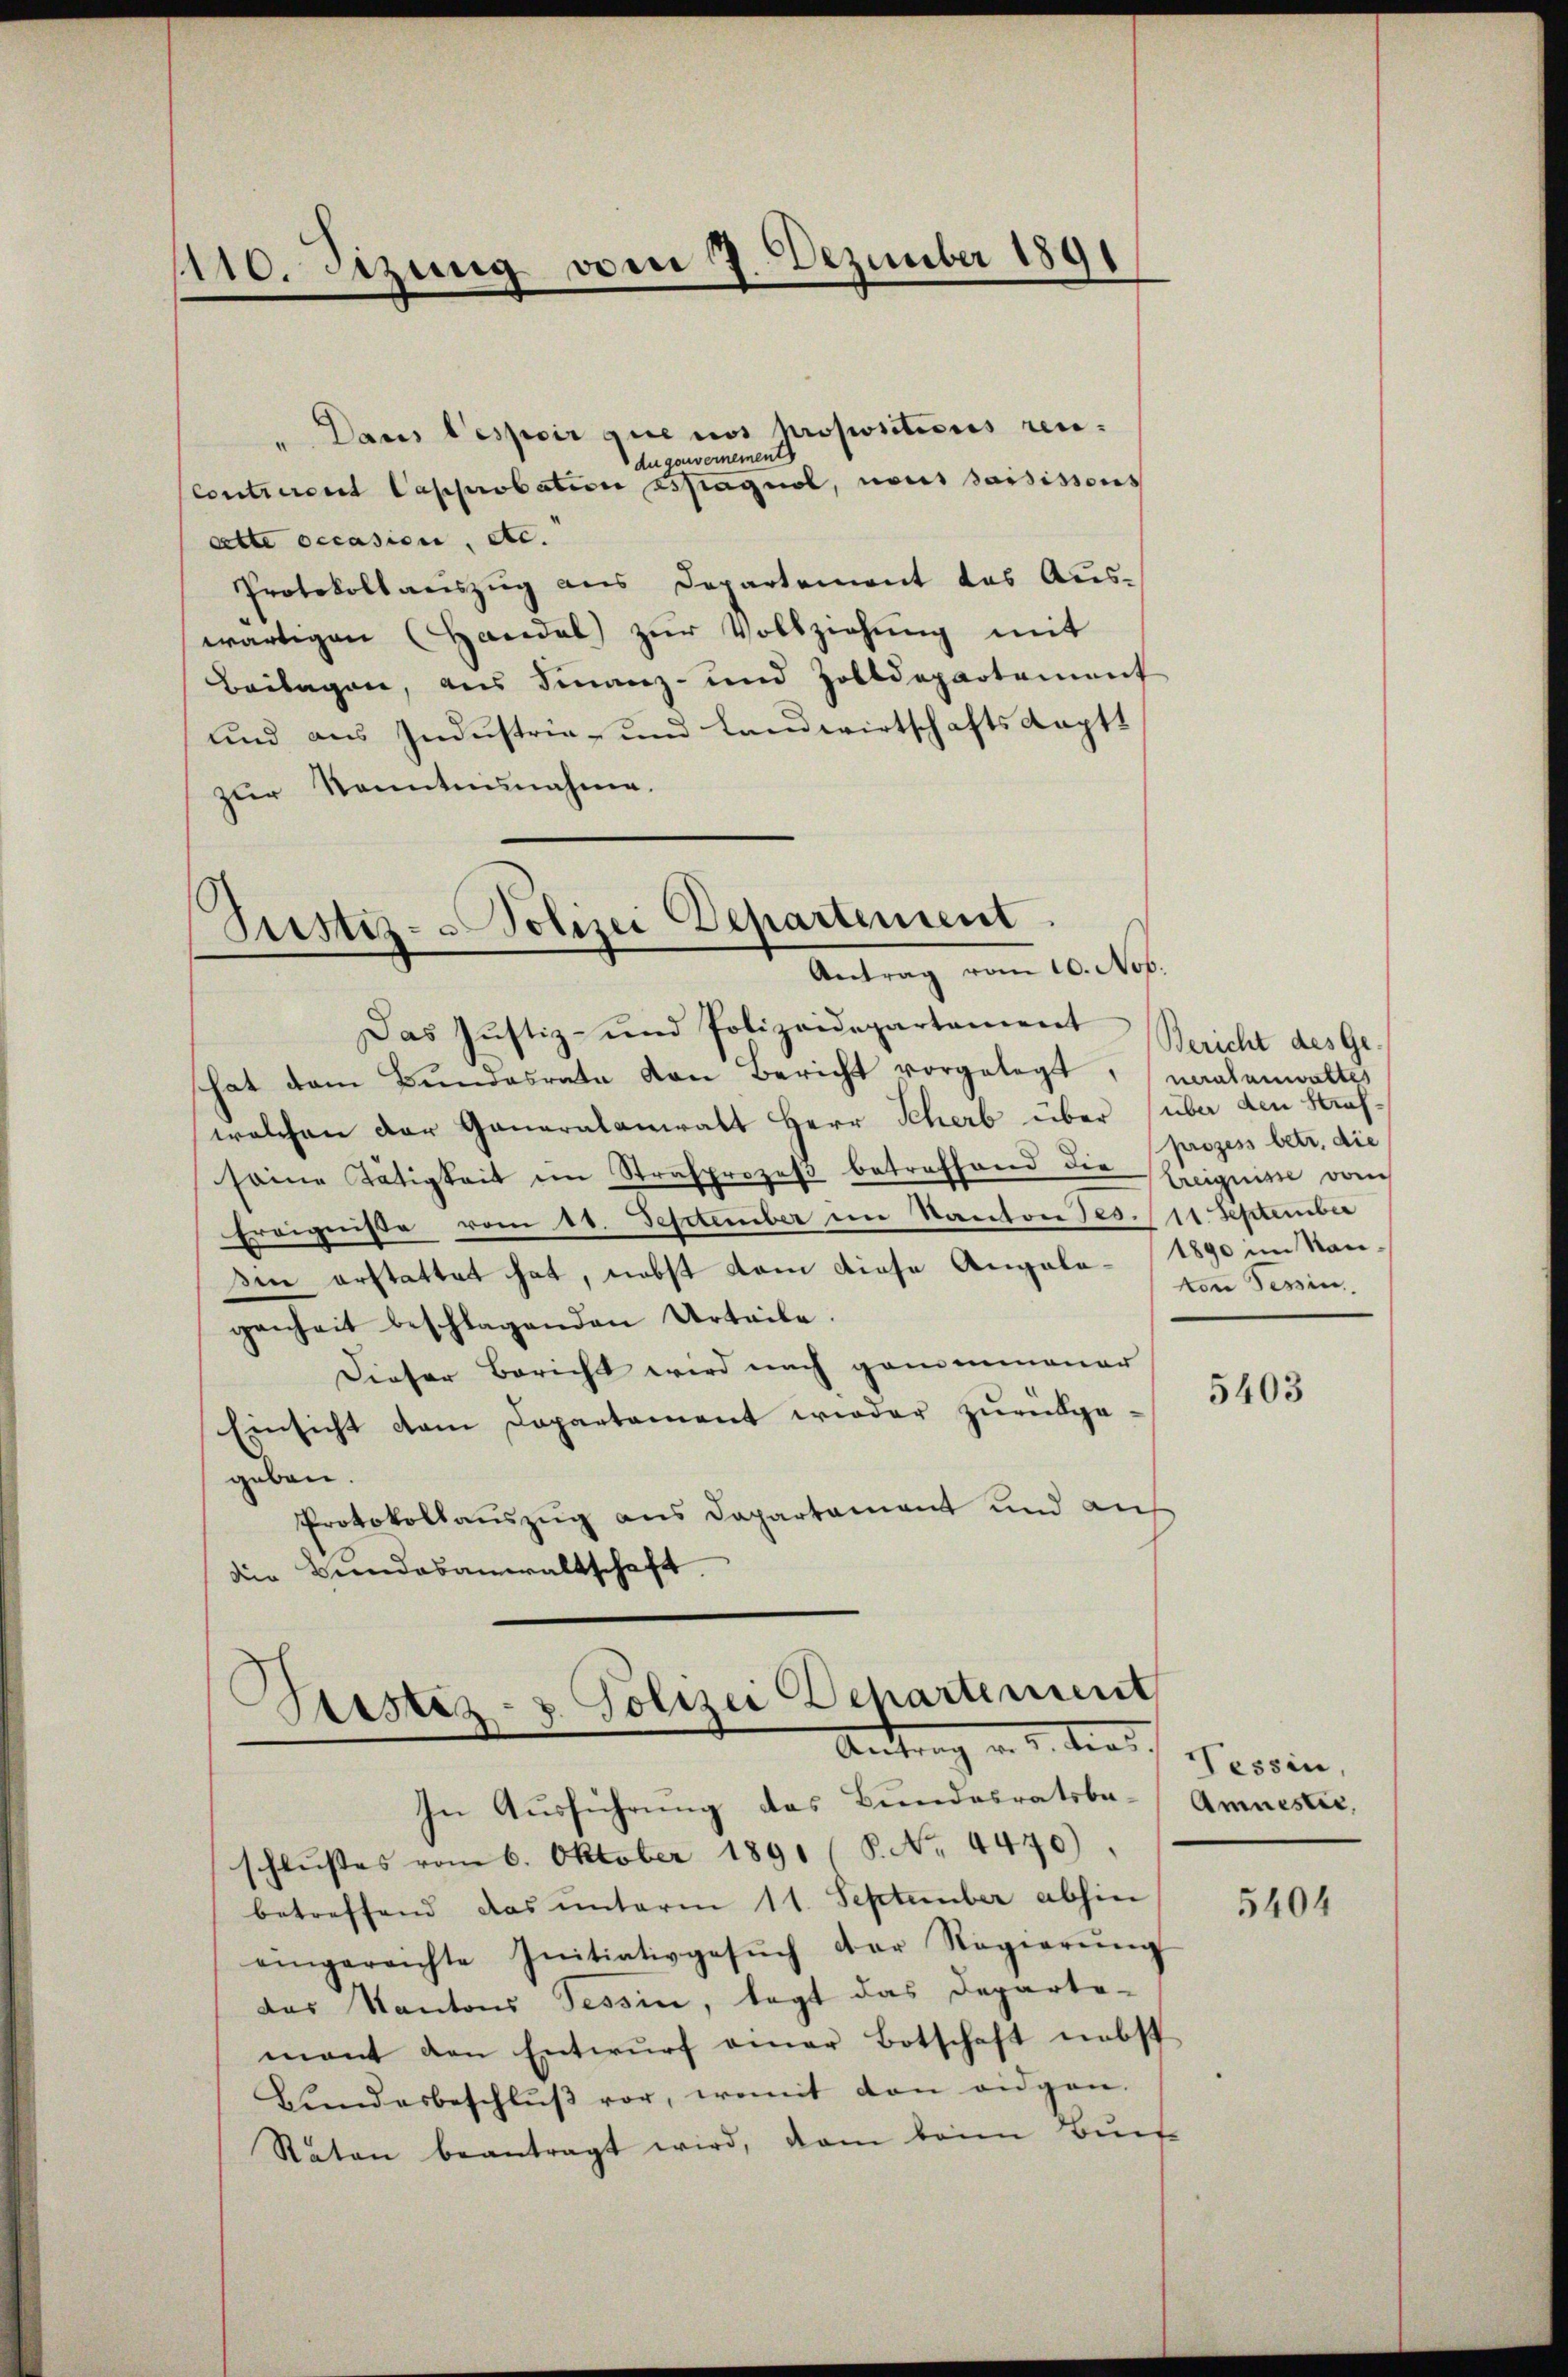
1110. Szung vom 7. Dezember 1891

" Dans lespir que nos propositions rendu gouvernement
Contreront Capprobation Essagnol, nous saisissons
sette occasion, etc.
Protokollauszug aus Departement das Auswärtigen (Handal zur Vollziehung mit
Beilagen, aus Finanz- und Zolldepartement
und aus Industrie- und Landwirtschafts Kaptzur Kenntnunahme.

Pustiz- Polizei Departement
Antrag vom 10. Nov.
Das Justiz- und Polizeidepartament

Justiz- & Polizei Departement
Antrag v. 2. dies

hat dem Bŭndesrate von Bericht vorgelegt, machenwalte
welchen der Generalanwalt Herr Scherb über über den Straf
seine Tätigkeit ein Strafprozeß betreffend die Ereignisse doch
Ereigniße vom 11. September im Kanton Jes. (11. September
sen erstattet hat, nebst dem diese Angalo-Ein Tessin
genheit beschlagenden Urteile.
Dieser Bericht wird nach genommener
Einsicht dem Departement wieder zurückge
geben.
Protokollauszug aus Departement und auf
die Bundesanwaltschaft.

Bericht des Ge
prozess betr. die
1890 im Rau¬

In Ausführung des Bundesratsba-Amnestie,
schlußes vom 6. Oktober 1891 (8. No. 4470).
betreffend das unterm 11. September abhin
eingereichte Initiativgesŭch der Regierŭng
das Kantons Tessin, legt das Departe-
mant den Entwŭrf einer Botschaft nebst
Bŭndesbeschlŭβ vor, womit den eidgen.
Raten beantragt wird, dan beim Buch

5403

Tessin,

5404